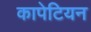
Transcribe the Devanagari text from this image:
कापेटियन